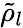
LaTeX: {\tilde{\rho}}_{l}